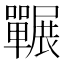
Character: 囅